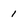
Character: 1